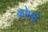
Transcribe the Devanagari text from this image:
कोमचे